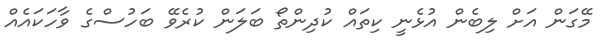
މޭގަން އަށް ލިބެން އުޅެނީ ކިތައް ކުދިންތޯ ބަލަން ކުރެވޭ ބަހުސްގެ ވާހަކައެއް